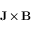
\mathbf { J } \times \mathbf { B }